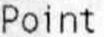
POINT